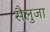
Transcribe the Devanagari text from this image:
सैलुजा